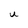
Character: U